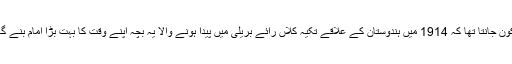
کون جانتا تھا کہ 1914 میں ہندوستان کے علاقے تکیہ کلاں رائے بریلی میں پیدا ہونے والا یہ بچہ اپنے وقت کا بہت بڑا امام بنے گا۔